King Institute of Preventive Medicine Bacteriolog. Section reports 1907-08
Year: 1907
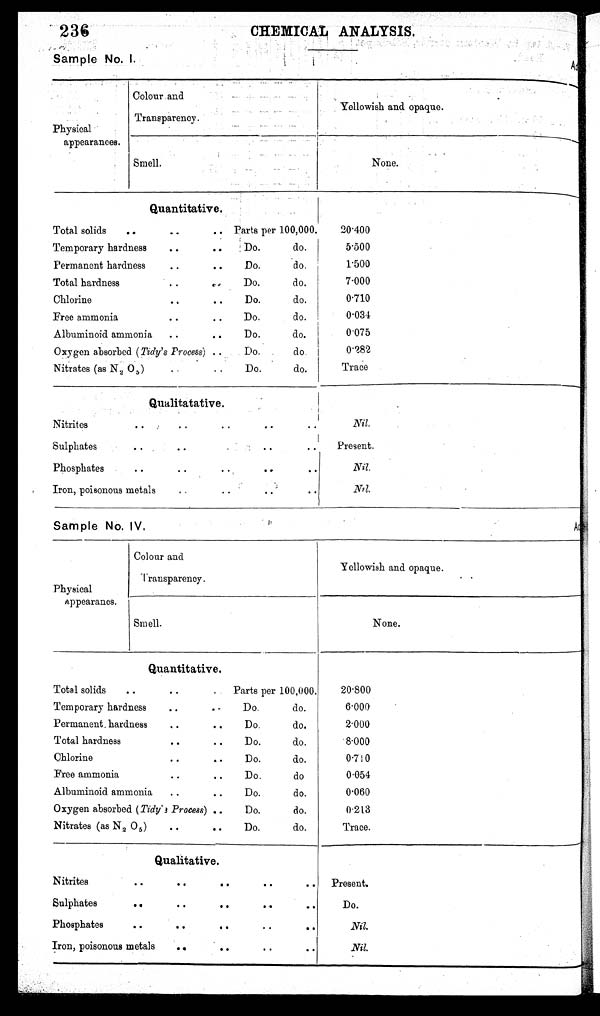
236
CHEMICAL ANALYSIS.
Sample No. I.
Colour and
Yellowish and opaque.
Transparency.
Physical
appearances.
Smell.
None.
Quantitative.
Total solids
Parts per 100,000.
20.400
Temporary hardness
Do.
do.
5.500
Permanent hardness
Do,
do.
1.500
Total hardness
Do.
do.
7.000
Chlorine
Do.
do.
0.710
Free ammonia
Do.
do.
0.034
Albuminoid ammonia
Do.
do.
0.075
Oxygen absorbed (Tidy's Process)
Do.
do,
0.282
Nitrates (as N 2 0 5 )Do.
do.
Trace
Qualitatative.
Nitrites
Nil.
S Sulphates
Present.
•
Phosphates
Nil.
• •
Iron, poisonous metals
Nil.
.
. .
I
Sample No, IV,
Colour and
Yellowish and opaque.
Transparency.
Physical
Appearancs.
Smell.
None.
Quantitative.
Total solids
Parts per 100,000.
20.800
• .
Temporary hardness
Do.
do.
6.000
Permanent, hardness
Do.
do.
2.000
• •
Total hardness
Do.
do.
8.000
•
Chlorine
Do.
do.
0.710
Chlorine
Free ammonia
Do.
do
0.054
Albuminoid ammonia
Do.
do.
0.060
•
Oxygen absorbed (Tidy' Process)
Do.
do.
0.213
Nitrates (as N2 0 5 )
Do.
do.
Trace.
Qualitative.
Nitrites
Present.
Sulphates
Do.
Phosphates
..
Nil.
Iron, p poisonous metals
Nil.